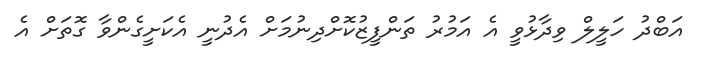
އަބްދު ހަލީލް ވިދާޅުވީ އެ އަމުރު ތަންފީޒުކޮށްދިނުމަށް އެދުނީ އެކަށީގެންވާ ގޮތަށް އެ